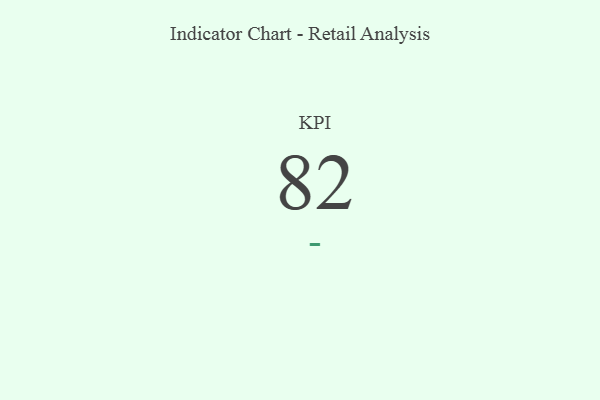
{"axis": {"x": "KPI", "y": "Value"}, "legend": [""], "data": [{"x": "KPI", "y": 82, "type": ""}]}